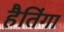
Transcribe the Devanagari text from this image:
हैतिंगा